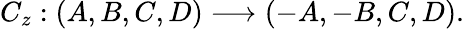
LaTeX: C_{z}:(A,B,C,D)\longrightarrow(-A,-B,C,D).